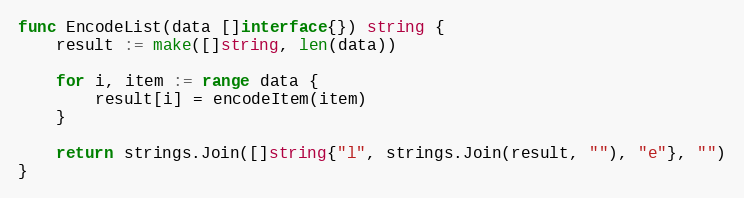
Language: Go
func EncodeList(data []interface{}) string {
	result := make([]string, len(data))

	for i, item := range data {
		result[i] = encodeItem(item)
	}

	return strings.Join([]string{"l", strings.Join(result, ""), "e"}, "")
}